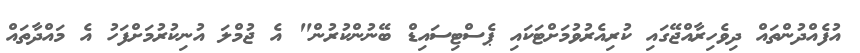
އުފެއްދުންތައް ދިވެހިރާއްޖޭގައި ކުރިއެރުވުމަށްޓަކައި ޕެސްޓިސައިޑް ބޭނުންކުރުން" އެ ޖުމްލަ އުނިކުރުމަށްފަހު އެ މައްދާތައް